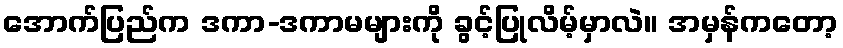
အောက်ပြည်က ဒကာ-ဒကာမများကို ခွင့်ပြုလိမ့်မှာလဲ။ အမှန်ကတော့